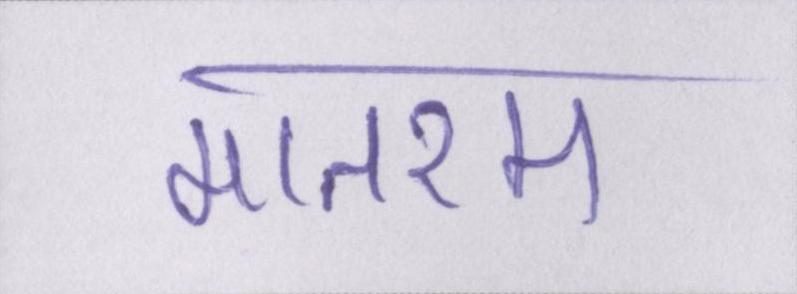
मातरम